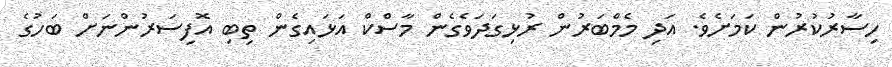
ހިސާރުކުރުން ކަމަށެވެ. އަދި މެމްބަރުން ރުޅިގަދަވެގެން މާސްކް އަޅައިގެން ތިބި އޮފިސަރުންނަށް ބަހުގެ